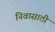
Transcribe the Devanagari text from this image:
निवासाठी